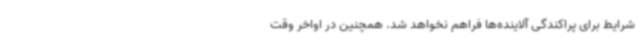
شرایط برای پراکندگی آلاینده‌ها فراهم نخواهد شد. همچنین در اواخر وقت